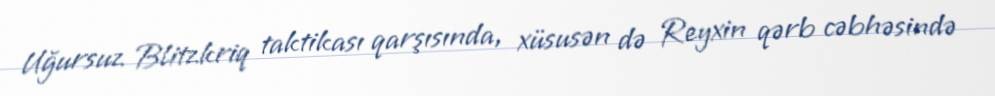
Uğursuz Blitzkriq taktikası qarşısında, xüsusən də Reyxin qərb cəbhəsində